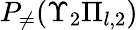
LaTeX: P_{\neq}(\Upsilon_{2}\Pi_{l,2})